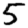
Digit: 5